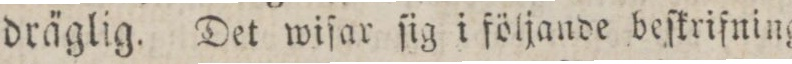
dräglig. Det wiſar ſig i följande beſkrifning